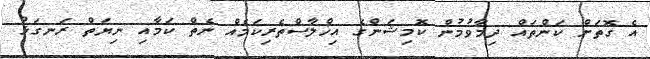
އެ ގޮތަށް ކަންތައް ދިމާވުމުން ކޮމިޝަންގެ އިޚްލާސްތެރިކަމެއް ނެތް ކަމާއި ނިޔަތް ރަނގަޅު